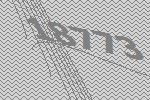
18773